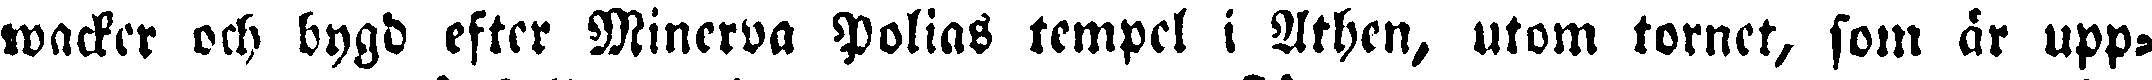
wacker och bygd efter Minerva Polias tempel i Athen, utom tornet, som är upp-